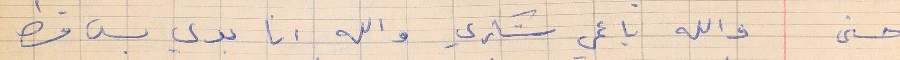
حسنى      والله يا عمي شكري والله انا بدي بس قسط